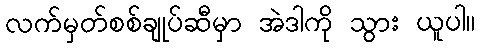
လက်မှတ်စစ်ချုပ်ဆီမှာ အဲဒါကို သွား ယူပါ။